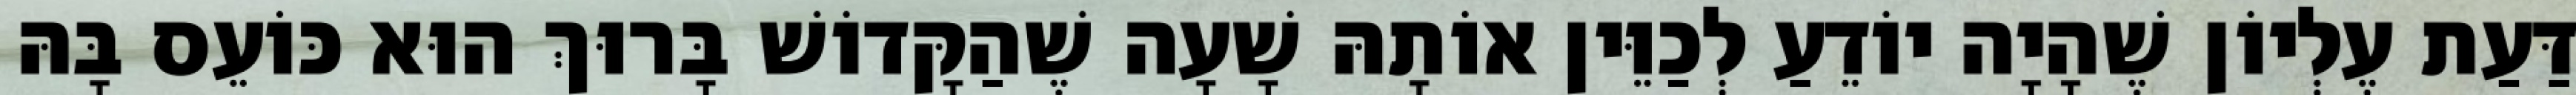
דַּעַת עֶלְיוֹן שֶׁהָיָה יוֹדֵעַ לְכַוֵּין אוֹתָהּ שָׁעָה שֶׁהַקָּדוֹשׁ בָּרוּךְ הוּא כּוֹעֵס בָּהּ